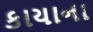
કાયાના